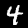
Digit: 4